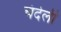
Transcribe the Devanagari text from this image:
चंदेली